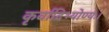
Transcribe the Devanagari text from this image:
कृर्वादिभ्योण्यः।